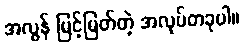
အလွန် မြင့်မြတ်တဲ့ အလုပ်တခုပါ။